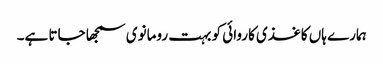
ہمارے ہاں کاغذی کاروائی کو بہت رومانوی سمجھا جاتا ہے۔